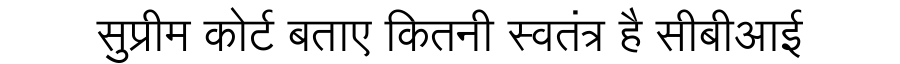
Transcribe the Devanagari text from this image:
सुप्रीम कोर्ट बताए कितनी स्वतंत्र है सीबीआई